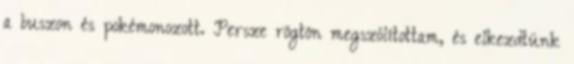
a buszon és pokémonozott. Persze rögtön megszólítottam, és elkezdtünk